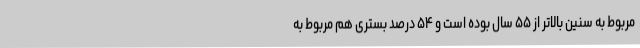
مربوط به سنین بالاتر از ۵۵ سال بوده است و ۵۴ درصد بستری هم مربوط به